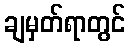
ချမှတ်ရာတွင်